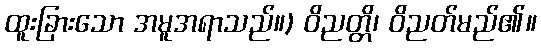
ထူးခြားသော အမူအရာသည်။) ဝိညတ္တိ၊ ဝိညတ်မည်၏။